Document type: Oath
Year: 1405
Scribe: Guillem de Lledó
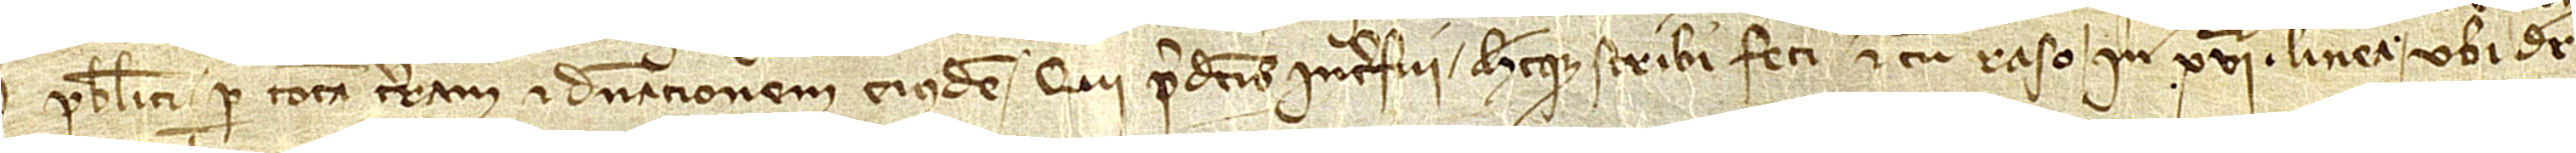
publici per totam terram et dominacionem eiusdem, qui predictis interfui hecque scribi feci et cum raso in XVIª linea, ubi dicitur